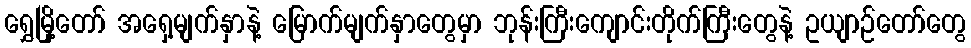
ရွှေမြို့တော် အရှေ့မျက်နှာနဲ့ မြောက်မျက်နှာတွေမှာ ဘုန်းကြီးကျောင်းတိုက်ကြီးတွေနဲ့ ဥယျာဉ်တော်တွေ